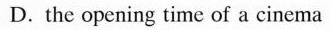
D. the opening time of a cinema